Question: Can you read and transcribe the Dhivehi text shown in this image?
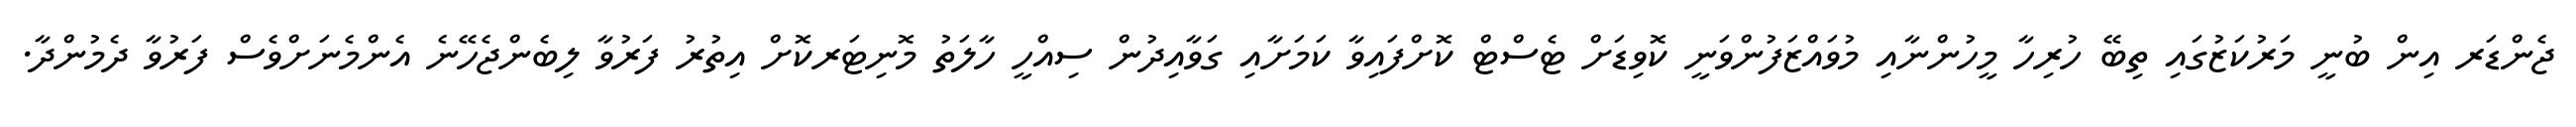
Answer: ޖެންޑަރ އިން ބުނީ މަރުކަޒުގައި ތިބޭ ހުރިހާ މީހުންނާއި މުވައްޒަފުންވަނީ ކޮވިޑަށް ޓެސްޓް ކޮށްފައިވާ ކަމަށާއި ގަވާއިދުން ސިއްހީ ހާލަތު މޮނިޓަރކޮށް އިތުރު ފަރުވާ ލިބެންޖެހޭނެ އެންމެނަށްވެސް ފަރުވާ ދެމުންދާ.